Annual statistical returns and brief notes on vaccination in Bengal - 1896-1909
Year: 1896
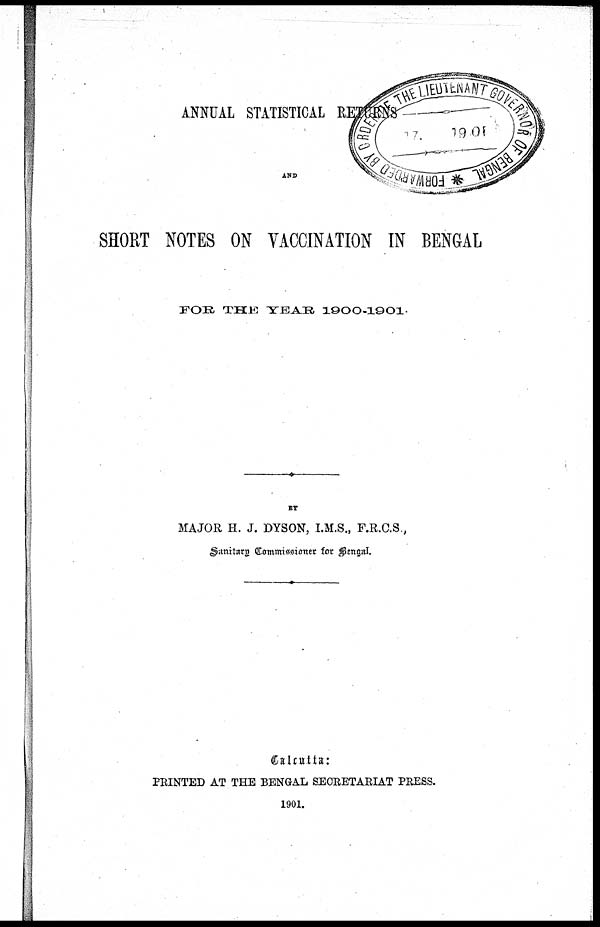
ANNUAL STATISTICAL RETURNS
AND
SHORT NOTES ON VACCINATION IN BENGAL
FOR THE YEAR
1900-1901.
BY
MAJOR H. J. DYSON, I.M.S., F.R.C.S.,
Sanitary Commissioner for Bengal.
Calcutta:
PRINTED AT THE BENGAL SECRETARIAT PRESS.
1901.